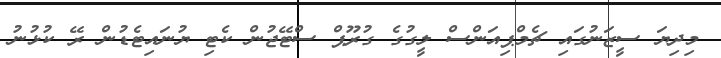
މިދިޔަ ސީޒަނުގައި ޗެމްޕިއަންސް ލީގުގެ ގުރޫޕް ސްޓޭޖުން ކެޓި ޔުނައިޓެޑުން ރޭ ކުޅުނު